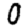
Digit: 0